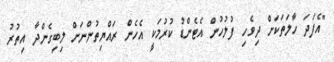
"އެފަދަ ހާލަތަކަށް ދިވެހި ފުލުހުން އެޓެންޑު ކުރުމަކީ އެހެން ރައްޔިތުންނަށް ލިބިގެންދާ އިތުރު